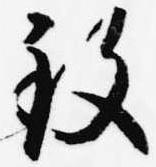
致